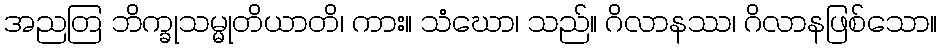
အညတြ ဘိက္ခုသမ္မုတိယာတိ၊ ကား။ သံဃော၊ သည်။ ဂိလာနဿ၊ ဂိလာနဖြစ်သော။